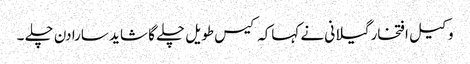
وکیل افتخار گیلانی نے کہاکہ کیس طویل چلے گا شاید سارا دن چلے ۔